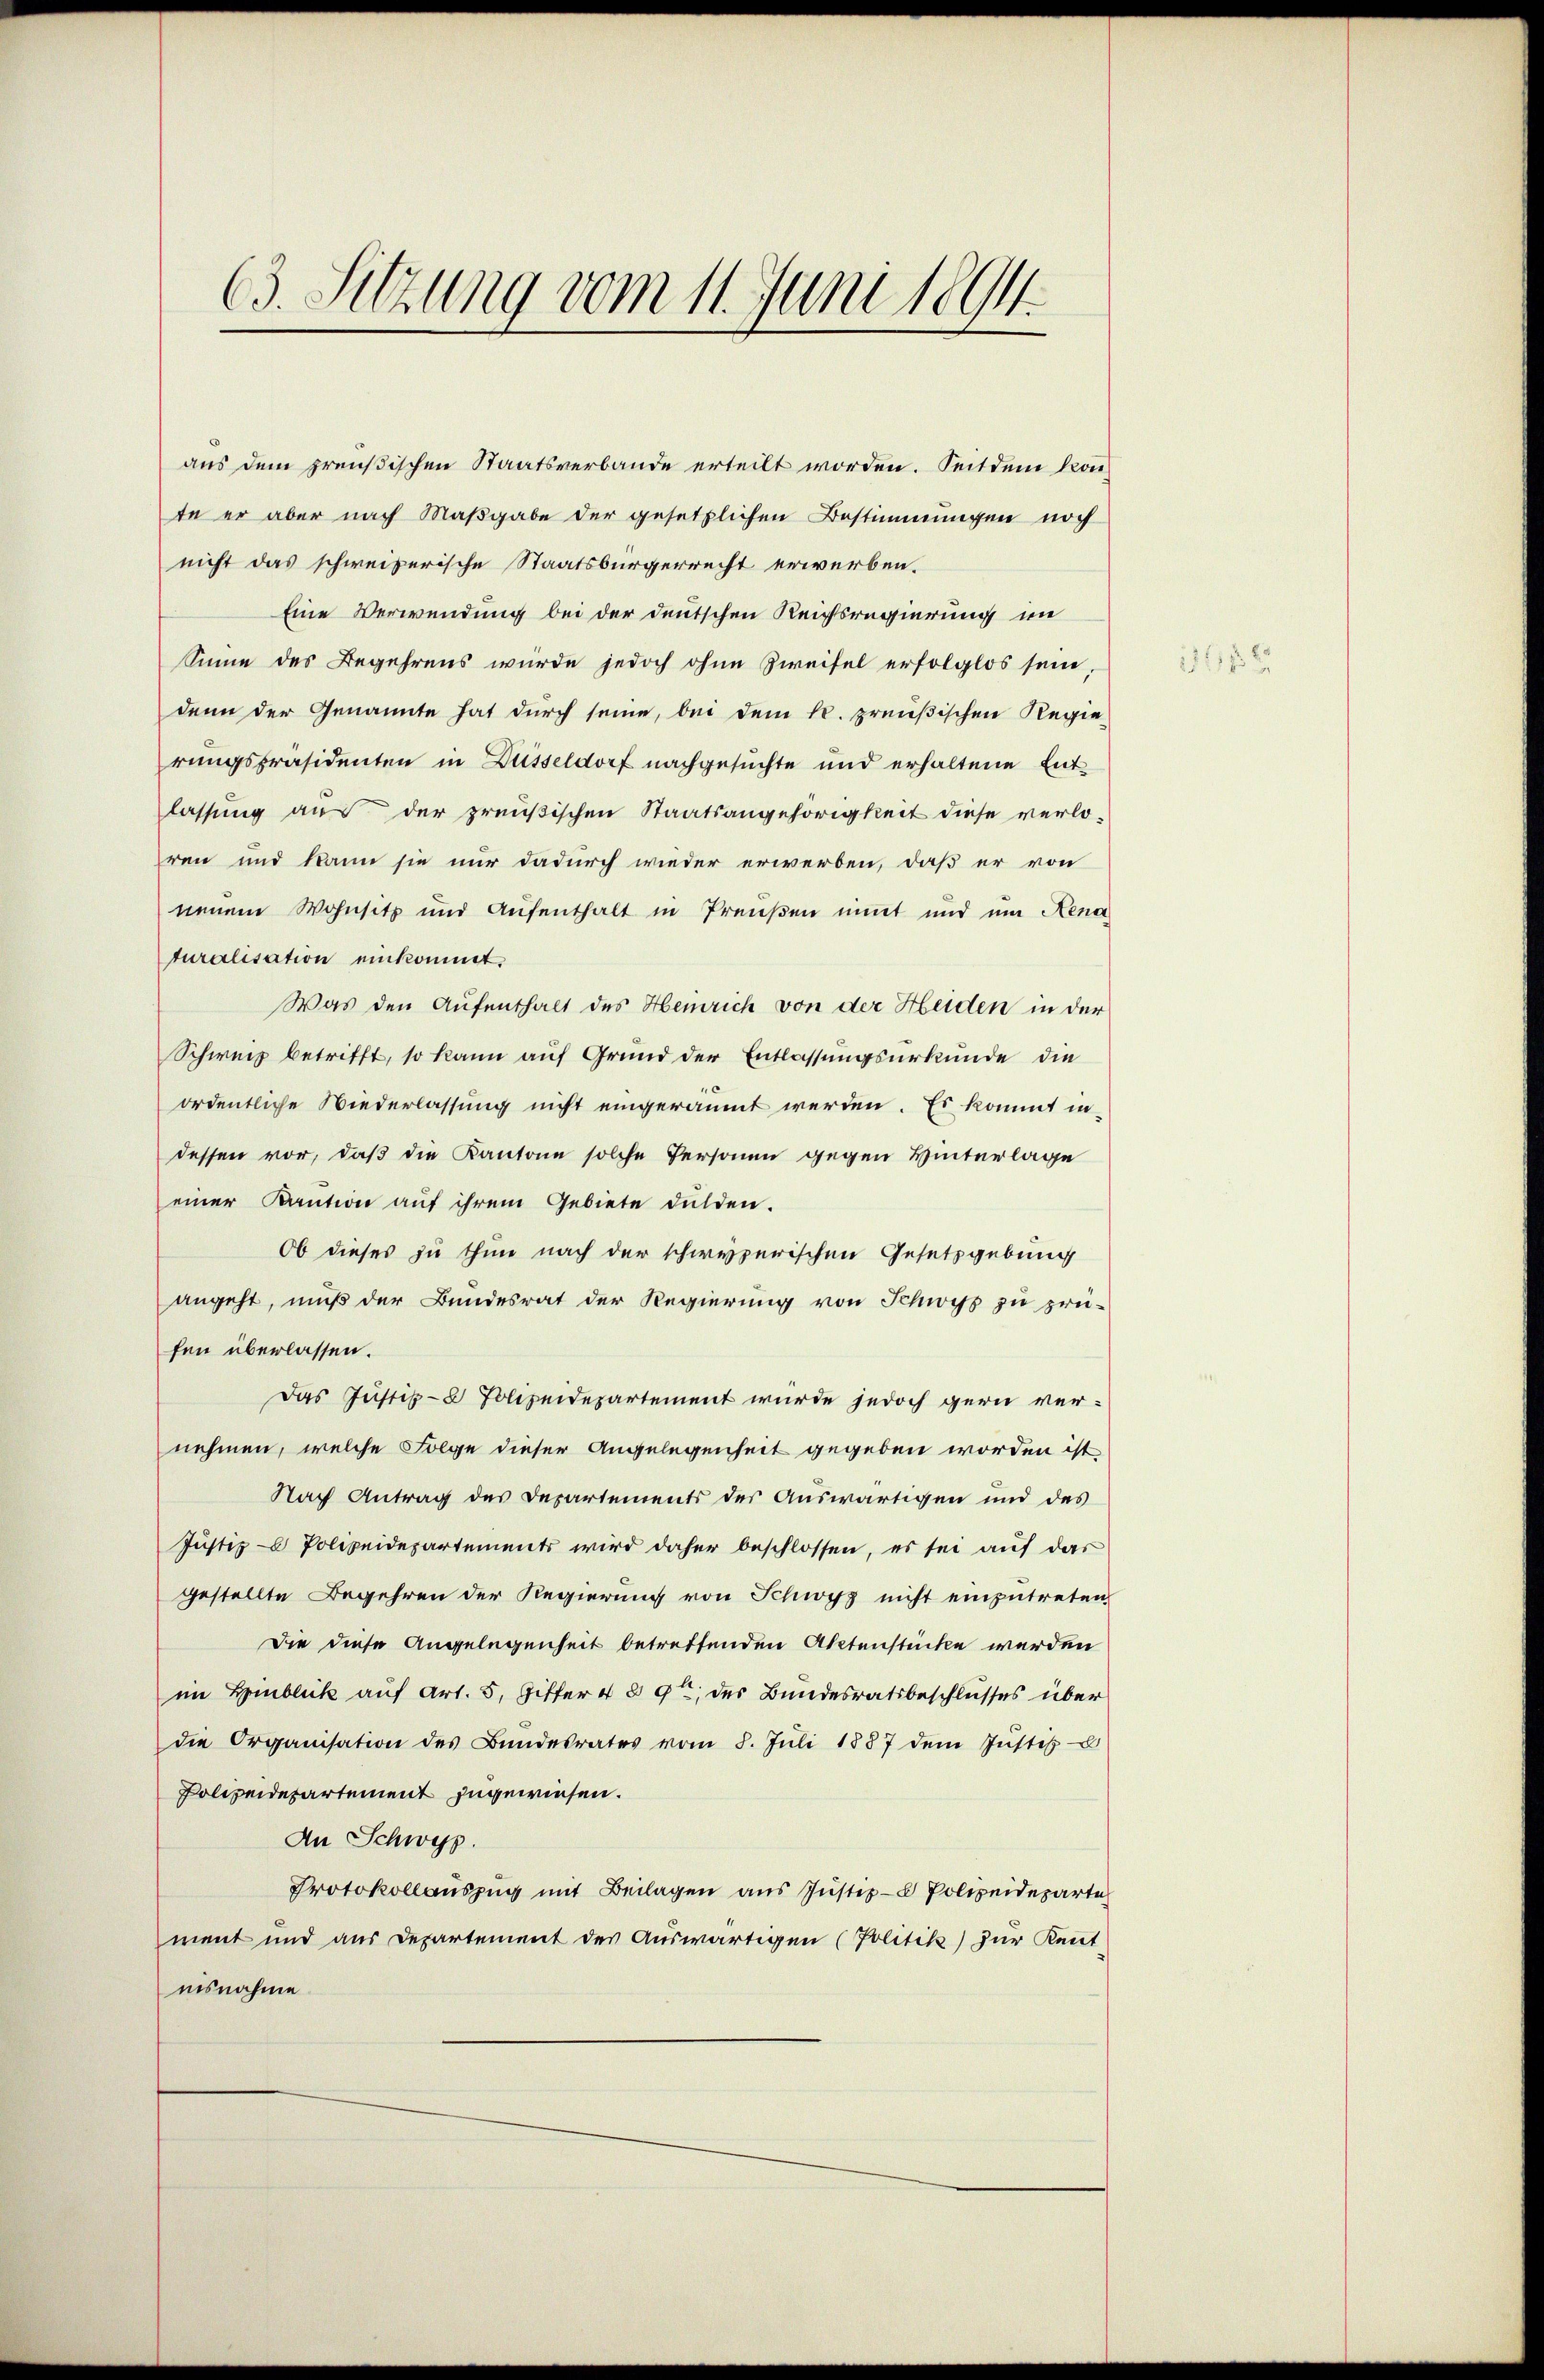
63. Sitzung vom 11. Juni 1894.

aus dem preußischen Staatsverbande erteilt worden. Seitdem konte er aber nach Maßgabe der gesetzlichen Bestimmungen noch
nicht das schweizerische Staatsbürgerrecht erwerben.
Eine Verwendung bei der deutschen Reichsregierung in
Sinne des Begehrens würde jedoch ohne Zweifel erfolglos sein,
denn der Genannte hat durch seine, bei dem k. preußischen Regie
rungspräsidenten in Düsseldorf nachgesuchte und erhaltene Entlassung aus der preußischen Staatsangehörigkeit diese verloren und kann sie nur dadurch wieder erwerben, daß er von
neuem Wohnsitz und Aŭfenthalt in Preŭβen nimt und um Rena
turalisation einkommt.
Was den Aufenthalt des Heinrich von der Heiden in der
Schweiz betrifft, so kann auf Grund der Entlassungsurkunde die
ordentliche Wiederlassung nicht eingeräumt werden. Es kommt indessen vor, daß die Kantone solche Personen gegen Hinterlage
einer Kaution auf ihrem Gebiete dulden.
Ob dieses zu thun nach der schweizerischen Gesetzgebung
angeht, muß der Bundesrat der Regierung von Schwyz zu prü-
fen überlassen.
Das Justiz- & Polizeidepartement wurde jedoch gern ver-
nehmen, welche Folge dieser Angelegenheit gegeben worden ist,
Nach Antrag des Departements der Auswärtigen und des
Justiz & Polizeidepartements wird daher beschlossen, es sei auf das
gestellte Begehren der Regierung von Schwyz nicht einzutreten
Die diese Angelegenheit betrettenden Aktenstücke werden
im Hinblick auf Art. 5, Giffer 4 § 9 des Bundesratsbeschlusses über
die Organisation des Bŭndesrates vom 8. Jŭli 1887 dem Jŭstiz-
Polizeidepartement zugewiesen.
An Schwyz.
Protokollauszug mit Beilagen aus Justiz- & Polizeideparte
ment und aus Departement des Auswärtigen (Politik) zur Kent
nisnahme

211 f